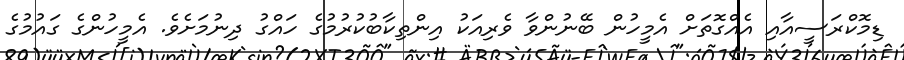
ޑިމޮކްރަސީއާއި އެއްގޮތަށް އެމީހުން ބޭނުންވާ ވެރިއަކު އިންތިކާބުކުރުމުގެ ހައްގު ދިނުމަށެވެ. އެމީހުންގެ ގައުމުގެ